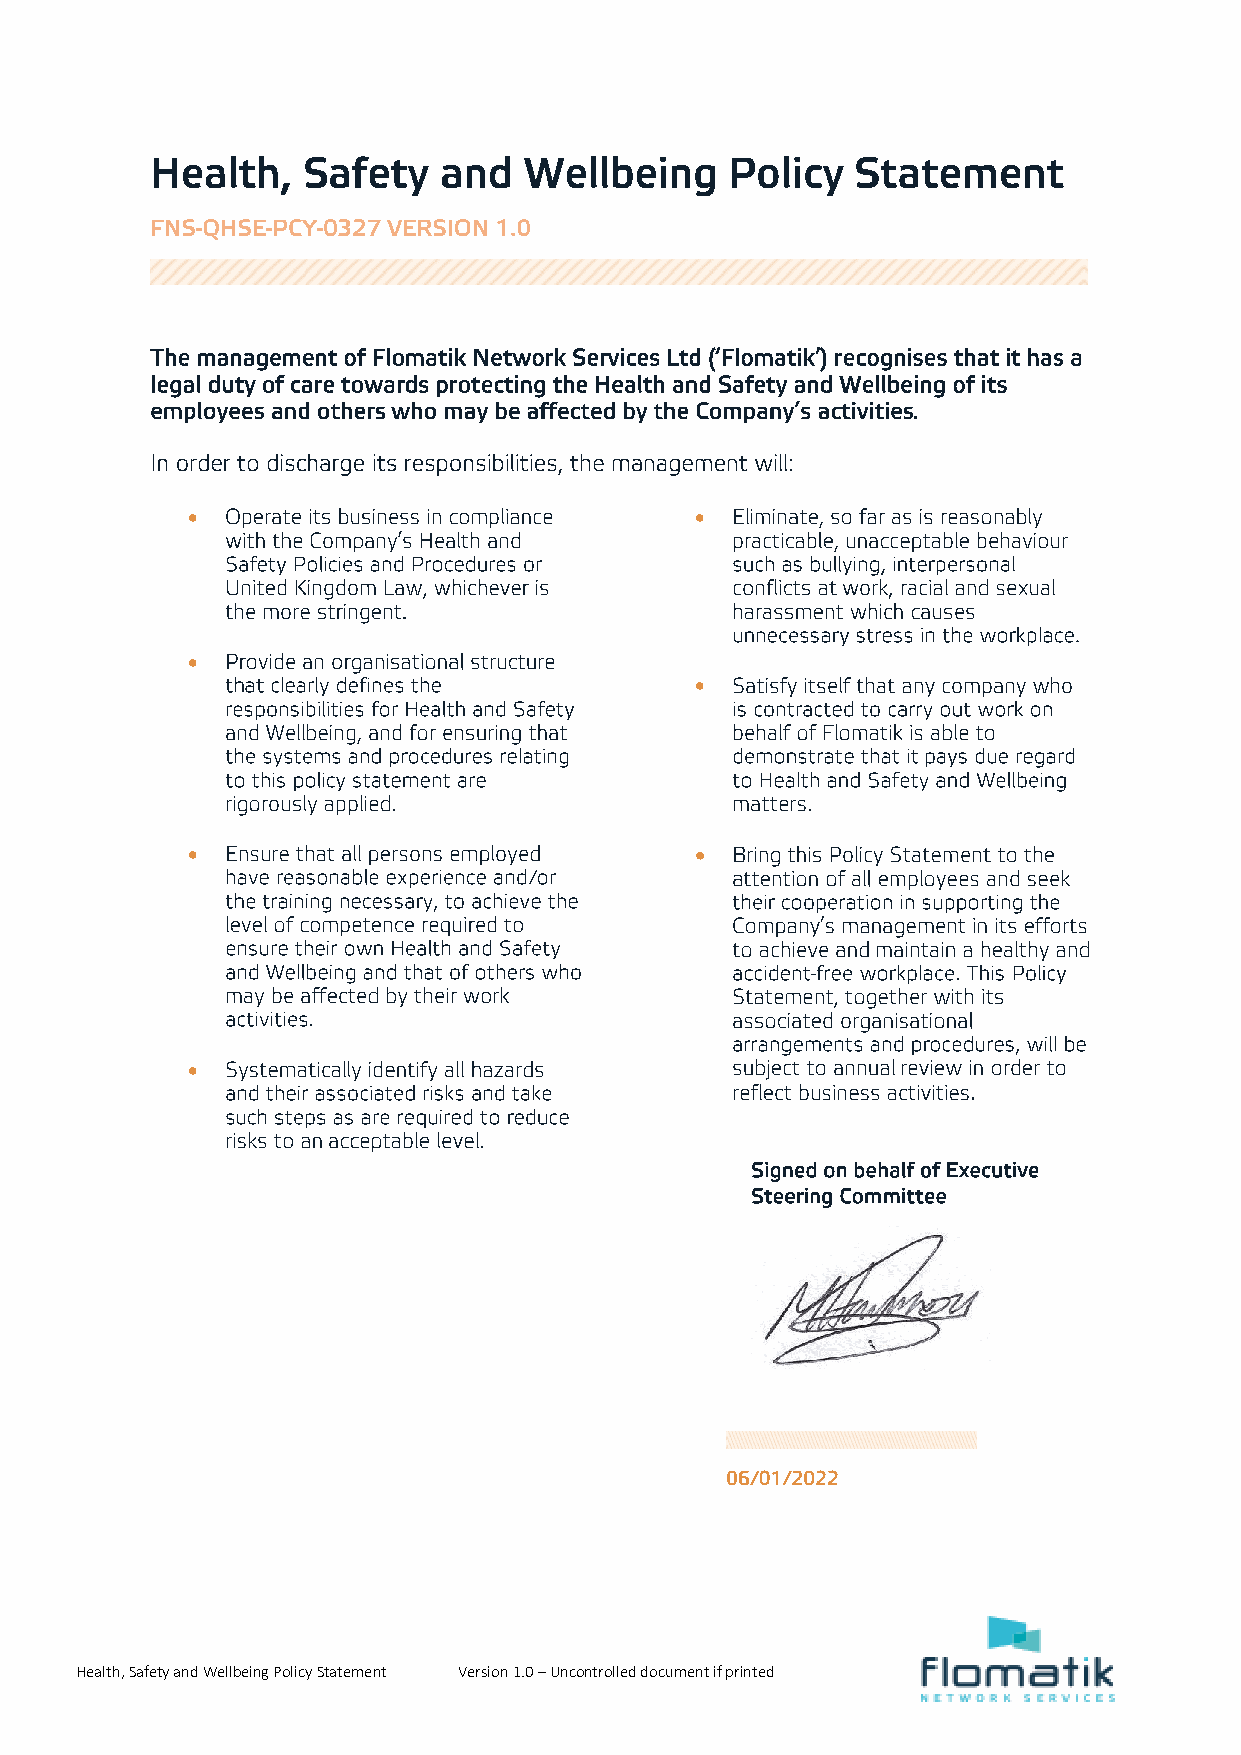
•                                 •
 •
 •
 •                                 •
 •
 02/01/2022
 Health, Safety and Wellbeing Policy Statement Version 1.0 – Uncontrolled document if printed